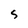
Character: 5